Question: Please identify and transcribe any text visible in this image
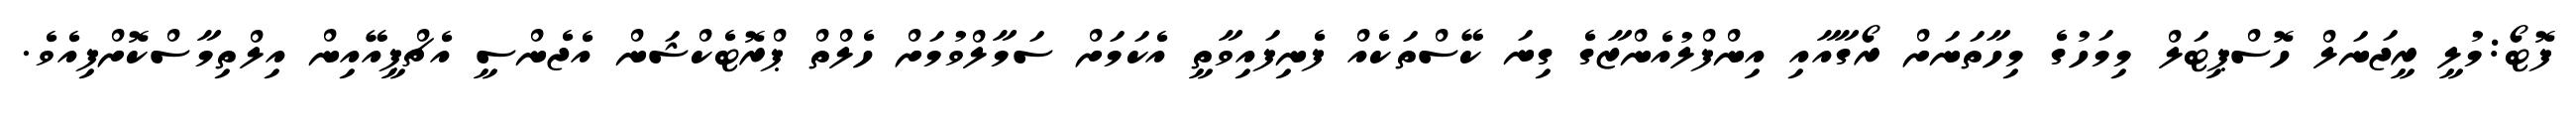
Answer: ފޮޓޯ:މުލީ ރީޖަނަލް ހޮސްޕިޓަލް މިމަހުގެ މިހާތަނަށް ރޯގާއާއި އިންފްލުއެންޒާގެ ގިނަ ކޭސްތަކެއް ފެނިފައިވާތީ އެކަމަށް ސަމާލްވުމަށް ހެލްތް ޕްރޮޓެކްޝަން އެޖެންސީ އެޗްޕީއޭއިން އިލްތިމާސްކޮށްފިއެވެ.